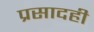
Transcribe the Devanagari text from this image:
प्रसादही